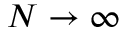
N \to \infty